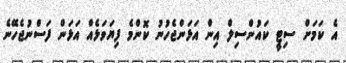
އެ ކަމަށް ސިޓީ ކައުންސިލް އިން އަޅަންޖެހުނު ކޮންމެ ފިޔަވަޅެއް އަޅަން ފަސްނުޖެހޭނެ